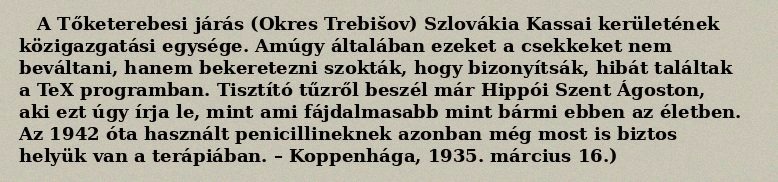
A Tőketerebesi járás (Okres Trebišov) Szlovákia Kassai kerületének közigazgatási egysége. Amúgy általában ezeket a csekkeket nem beváltani, hanem bekeretezni szokták, hogy bizonyítsák, hibát találtak a TeX programban. Tisztító tűzről beszél már Hippói Szent Ágoston, aki ezt úgy írja le, mint ami fájdalmasabb mint bármi ebben az életben. Az 1942 óta használt penicillineknek azonban még most is biztos helyük van a terápiában. – Koppenhága, 1935. március 16.)